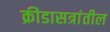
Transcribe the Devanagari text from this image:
क्रीडासत्रांतील